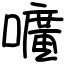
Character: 嚝